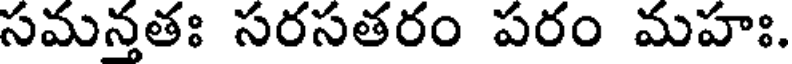
సమన్తతః సరసతరం పరం మహః.